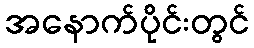
အနောက်ပိုင်းတွင်